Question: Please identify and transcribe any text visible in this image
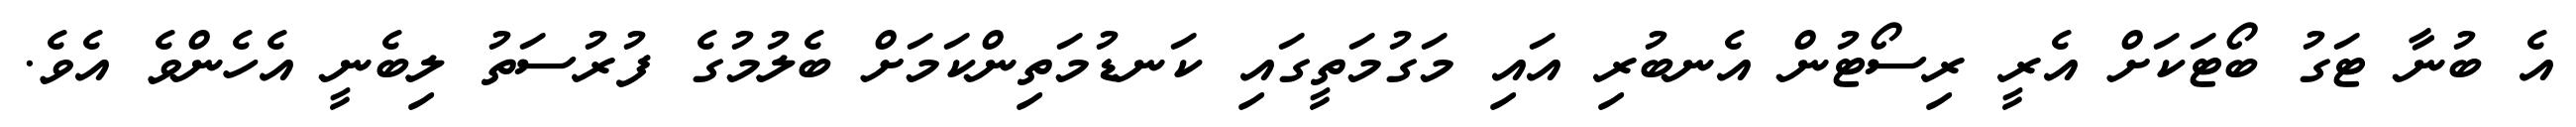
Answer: އެ ބުނާ ޓަގު ބޯޓަކަށް އެރީ ރިސޯޓުން އެނބުރި އައި މަގުމަތީގައި ކަނޑުމަތިންކަމަށް ބެލުމުގެ ފުރުސަތު ލިބެނީ އެހެންވެ އެވެ.